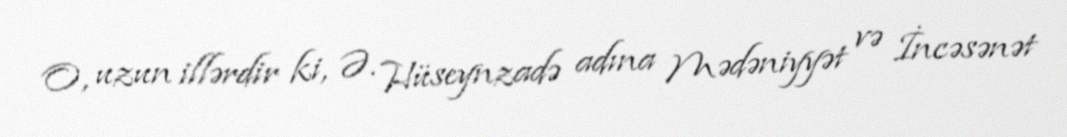
O, uzun illərdir ki, Ə. Hüseynzadə adına Mədəniyyət və İncəsənət